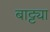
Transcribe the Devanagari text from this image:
बाट्ट्या